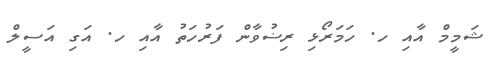
ޝަމީމް އާއި ހ. ހަމަރޯޅި ރިޟުވާން ފަރުހަތު އާއި ހ. އަގި އަސީލް